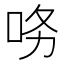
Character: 𱒝